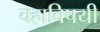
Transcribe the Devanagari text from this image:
चहाविषयी